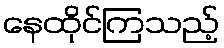
နေထိုင်ကြသည့်